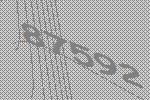
87592